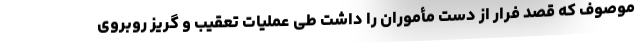
موصوف که قصد فرار از دست مأموران را داشت طی عملیات تعقیب و گریز روبروی